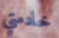
خادمتي